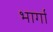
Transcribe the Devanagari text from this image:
भार्गों